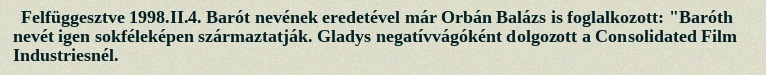
Felfüggesztve 1998.II.4. Barót nevének eredetével már Orbán Balázs is foglalkozott: "Baróth nevét igen sokféleképen származtatják. Gladys negatívvágóként dolgozott a Consolidated Film Industriesnél.